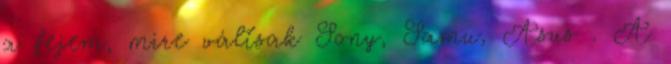
a fejem, mire váltsak Sony, Samu, Asus . A